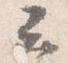
云